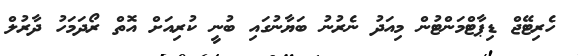
ހެރިޓޭޖް ޑިޕާޓްމަންޓުން މިއަދު ނެރުނު ބަަޔާނުގައި ބުނީ ކުރިއަށް އޮތް ރޯދަމަހު ދާރުލް